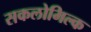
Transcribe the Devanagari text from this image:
सकलोमिल्क